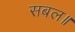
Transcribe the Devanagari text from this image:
सबल॥